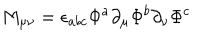
LaTeX: M _ { \mu \nu } = \epsilon _ { a b c } \Phi ^ { a } \partial _ { \mu } \Phi ^ { b } \partial _ { \nu } \Phi ^ { c }